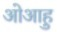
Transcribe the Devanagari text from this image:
ओआहु